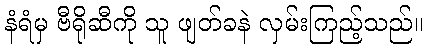
နံရံမှ ဗီရိုဆီကို သူ ဖျတ်ခနဲ လှမ်းကြည့်သည်။